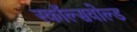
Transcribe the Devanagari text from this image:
स्कॉल्सवोल्ड